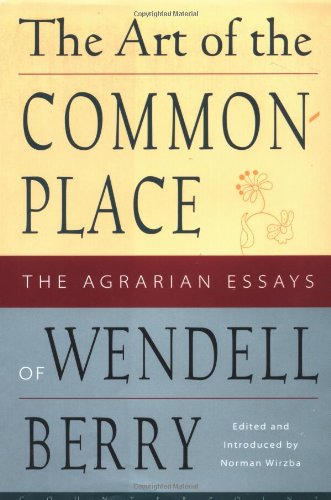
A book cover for The Art of the Commonplace: The Agrarian Essays of Wendell Berry; Wendell Berry; Politics & Social Sciences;